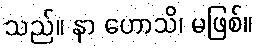
သည်။ နာ ဟောသိ၊ မဖြစ်။